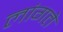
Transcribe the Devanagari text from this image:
लांगते